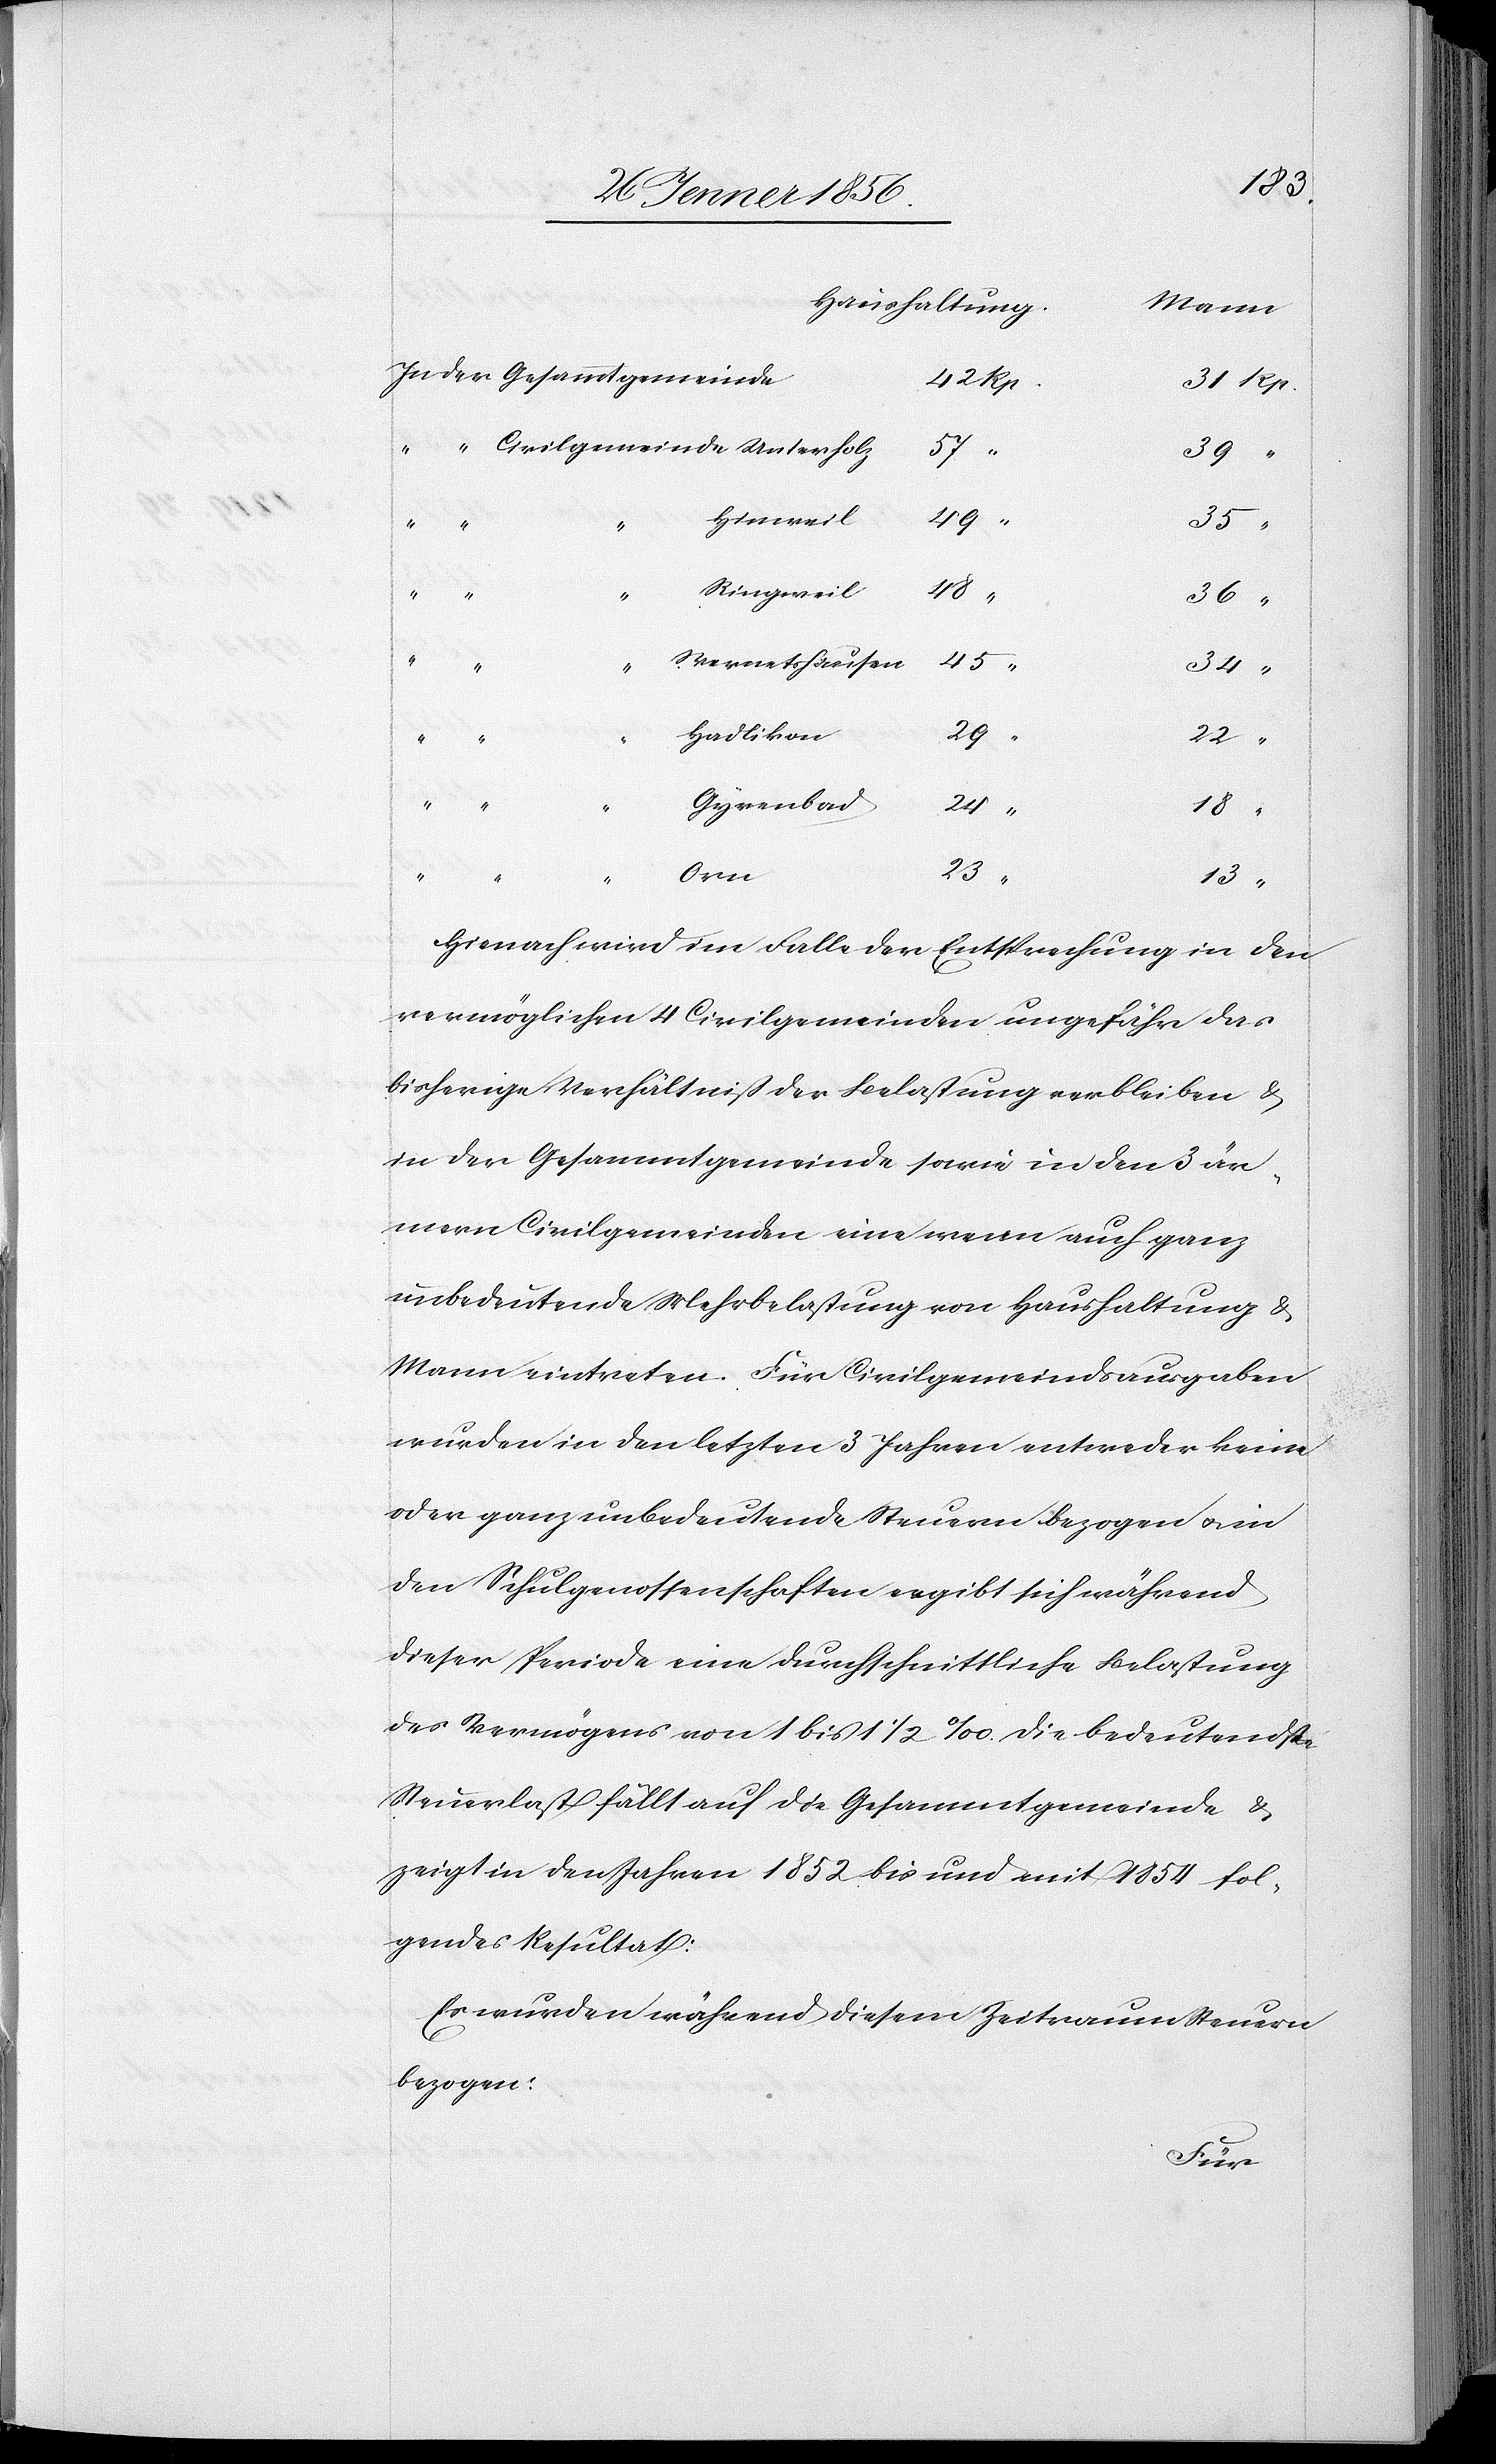
13
Haushaltung.
Mann
57
39
“
Hinweil
49
23
“
Ringweil
48
36
“
Wernetshausen
Hadlikon
29
22
“
Gyrenbad
24
18
Orn
emeinde
Hienach wird im Falle der Entsprechung in den
vermöglichen 4 Civilgemeinden ungefähr das
bisherige Verhältniß der Belastung verbleiben &
in der Gesammtgemeinde sowie in den 3 är¬
mern Civilgemeinden eine wenn auch ganz
unbedeutende Mehrbelastung von Haushaltung &
Mann eintreten. Für Civilgemeindsausgaben
wurden in den letzten 3 Jahren entweder keine
oder ganz unbedeutende Steuern bezogen u. in
den Schulgenossenschaften ergibt sich während
dieser Periode eine durchschnittliche Belastung
des Vermögens von 1 bis 1½ ‰. Die bedeutendste
Steuerlast fällt auf die Gesammtgemeinde &
zeigt in den Jahren 1852 bis und mit 1854 fol¬
gendes Resultat:
Es wurden während diesem Zeitraum Steuern
bezogen:
ammtge¬